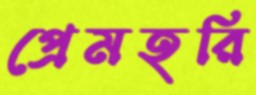
প্রেমহরি